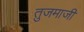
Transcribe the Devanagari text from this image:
तुजमाजी